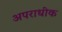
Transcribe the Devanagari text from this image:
अपराधीक